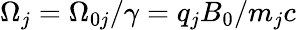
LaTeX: \Omega_{j}=\Omega_{0j}/\gamma=q_{j}B_{0}/m_{j}c